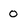
Character: 0